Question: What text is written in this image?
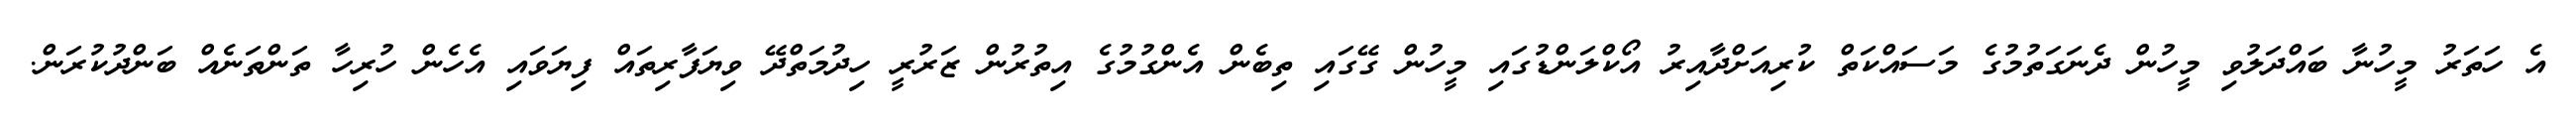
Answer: އެ ހަތަރު މީހުނާ ބައްދަލުވި މީހުން ދެނަގަތުމުގެ މަސައްކަތް ކުރިއަށްދާއިރު އޯކްލަންޑުގައި މީހުން ގޭގައި ތިބެން އެންގުމުގެ އިތުރުން ޒަރުރީ ހިދުމަތްދޭ ވިޔަފާރިތައް ފިޔަވައި އެހެން ހުރިހާ ތަންތަނެއް ބަންދުކުރަން.